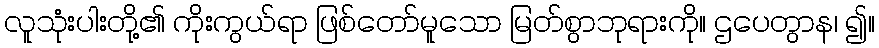
လူသုံးပါးတို့၏ ကိုးကွယ်ရာ ဖြစ်တော်မူသော မြတ်စွာဘုရားကို။ ဌပေတွာန၊ ၍။